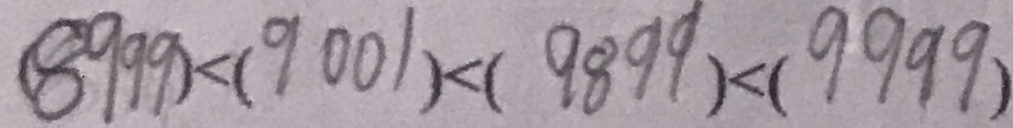
( 8 9 9 9 ) < ( 9 0 0 1 ) < ( 9 8 9 9 ) < ( 9 9 9 9 )